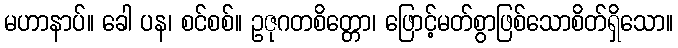
မဟာနာပ်။ ခေါ ပန၊ စင်စစ်။ ဥဇုဂတစိတ္တော၊ ဖြောင့်မတ်စွာဖြစ်သောစိတ်ရှိသော။